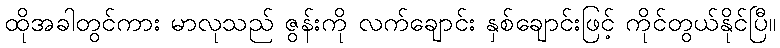
ထိုအခါတွင်ကား မာလုသည် ဇွန်းကို လက်ချောင်း နှစ်ချောင်းဖြင့် ကိုင်တွယ်နိုင်ပြီ။